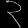
Digit: ၃